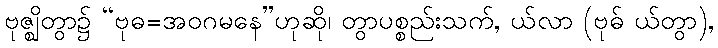
ဗုဇ္ဈိတွာ၌ “ဗုဓ=အဝဂမနေ”ဟုဆို၊ တွာပစ္စည်းသက်, ယ်လာ (ဗုဓ် ယ်တွာ),